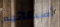
أصدقائهم